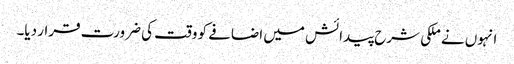
انہوں نے ملکی شرح پیدائش میں اضافے کو وقت کی ضرورت قرار دیا۔